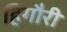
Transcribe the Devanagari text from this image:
हिंगौरी